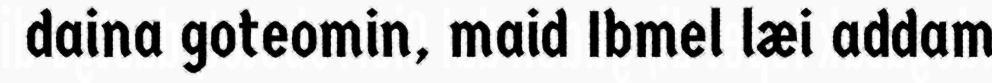
daina goteomin, maid Ibmel læi addam